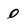
Character: 0